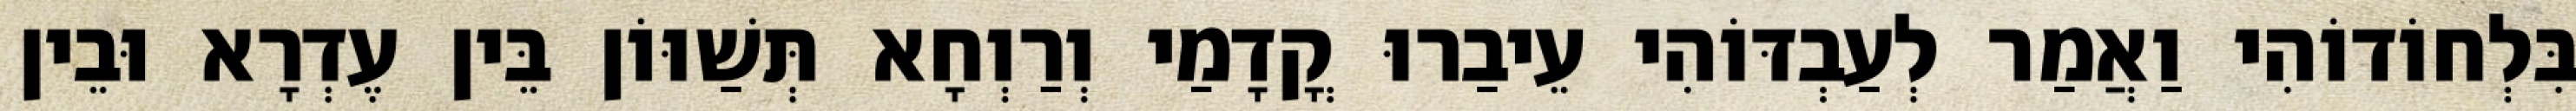
בִּלְחוֹדוֹהִי וַאֲמַר לְעַבְדּוֹהִי עֵיבַרוּ קֳדָמַי וְרַוְחָא תְּשַׁוּוֹן בֵּין עֶדְרָא וּבֵין